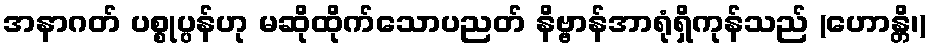
အနာဂတ် ပစ္စုပ္ပန်ဟု မဆိုထိုက်သောပညတ် နိဗ္ဗာန်အာရုံရှိကုန်သည် (ဟောန္တိ၊)